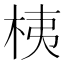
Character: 桋